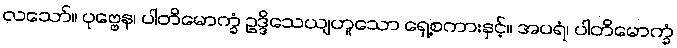
လသော်။ ပုဗ္ဗေန၊ ပါတိမောက္ခံ ဥဒ္ဒိသေယျဟူသော ရှေ့စကားနှင့်။ အပရံ၊ ပါတိမောက္ခံ